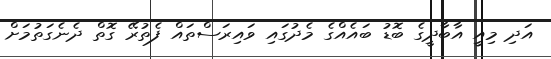
އަދި މިއީ އާބާދީގެ ބޮޑު ބައެއްގެ މެދުގައި ވައިރަސްތައް ފެތުރޭ ގޮތް ދެނެގަތުމަށް